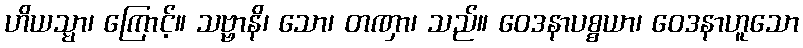
ဟိယသ္မာ၊ ကြောင့်။ သဗ္ဗာနိ၊ သော၊ တဏှာ၊ သည်။ ဝေဒနာပစ္စယာ၊ ဝေဒနာဟူသော